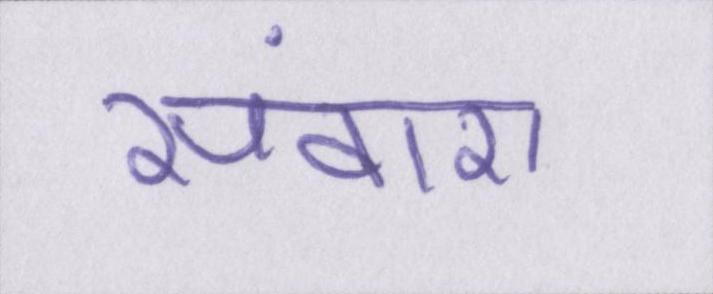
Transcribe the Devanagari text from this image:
संवारा